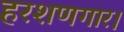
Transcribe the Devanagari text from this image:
हरशणगार।